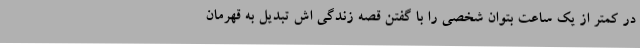
در کمتر از یک ساعت بتوان شخصی را با گفتن قصه زندگی اش تبدیل به قهرمان